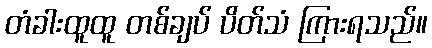
တံခါးထူထူ တစ်ချပ် ပိတ်သံ ကြားရသည်။